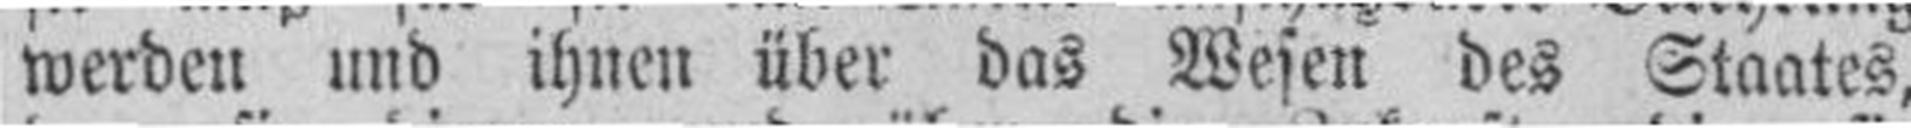
werden und ihnen über das Wesen des Staates.